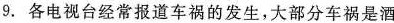
9. 各电视台经常报道车祸的发生，大部分车祸是酒